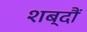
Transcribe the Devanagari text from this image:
शब्दौं